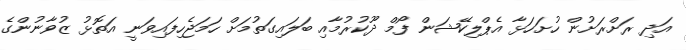
އަދި ރަށްރަށުން ހުށަހަޅާ އެޕްލިކޭޝަން ފޯމް ދޫކުރުމާއި ބަލައިގަތުމަށް ހަމަޖެހިފައިވަނީ އަތޮޅު ޒުވާނުންގެ